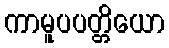
ကာမူပပတ္တိယော